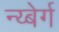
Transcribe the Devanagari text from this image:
न्य्बेर्ग